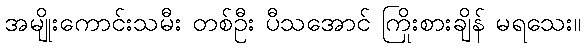
အမျိုးကောင်းသမီး တစ်ဦး ပီသအောင် ကြိုးစားချိန် မရသေး။